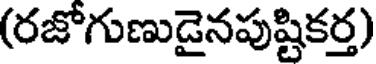
(రజోగుణుడైనపుష్టికర్త)